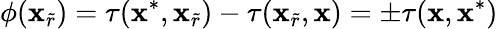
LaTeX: \phi(\mathbf{x}_{\widetilde{r}})=\tau(\mathbf{x}^{*},\mathbf{x}_{\widetilde{r}})-\tau(\mathbf{x}_{\widetilde{r}},\mathbf{x})=\pm\tau(\mathbf{x},\mathbf{x}^{*})